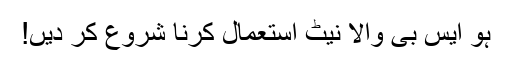
ہو ایس بی والا نیٹ استعمال کرنا شروع کر دیں!